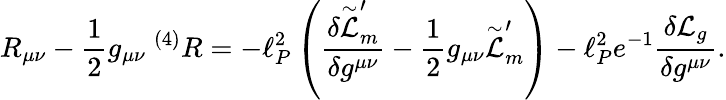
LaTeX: R_{\mu\nu}-{\frac{1}{2}}g_{\mu\nu}~^{(4)}R=-\ell_{P}^{2}\left(\frac{\delta\stackrel{\sim}{\cal L}_{m}^{\prime}}{\delta g^{\mu\nu}}-{\frac{1}{2}}g_{\mu\nu}\stackrel{\sim}{\cal L}_{m}^{\prime}\right)-\ell_{P}^{2}e^{-1}\frac{\delta{\cal L}_{g}}{\delta g^{\mu\nu}}.